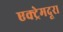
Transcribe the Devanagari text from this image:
एक्ट्रेमदूरा